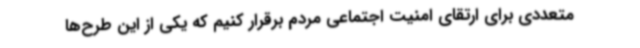
متعددی برای ارتقای امنیت اجتماعی مردم برقرار کنیم که یکی از این طرح‌ها